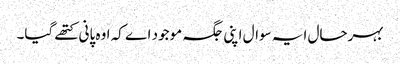
بہرحال ایہ سوال اپنی جگہ موجود اے کہ اوہ پانی کتھے گیا۔